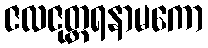
ဇလဇုတ္တရနာမကော